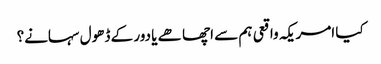
کیا امریکہ واقعی ہم سے اچھا ھے یا دور کے ڈھول سہانے؟